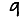
Digit: 9